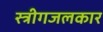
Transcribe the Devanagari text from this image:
स्त्रीगजलकार